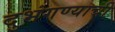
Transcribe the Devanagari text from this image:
दुभंगण्याची